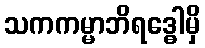
သကကမ္မာဘိရဒ္ဓေါမှိ